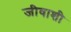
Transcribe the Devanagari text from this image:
जीवाशी